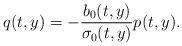
LaTeX: \begin{align*}q(t,y) = - \frac{b_0(t,y)}{\sigma_0(t,y)} p(t,y).\end{align*}